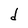
Character: d